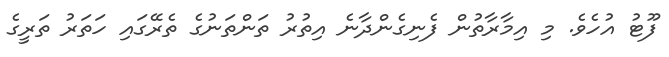
ފޫޓު އުހެވެ. މި އިމާރާތުން ފެނިގެންދާނެ އިތުރު ތަންތަނުގެ ތެރޭގައި ހަތަރު ތަރީގެ